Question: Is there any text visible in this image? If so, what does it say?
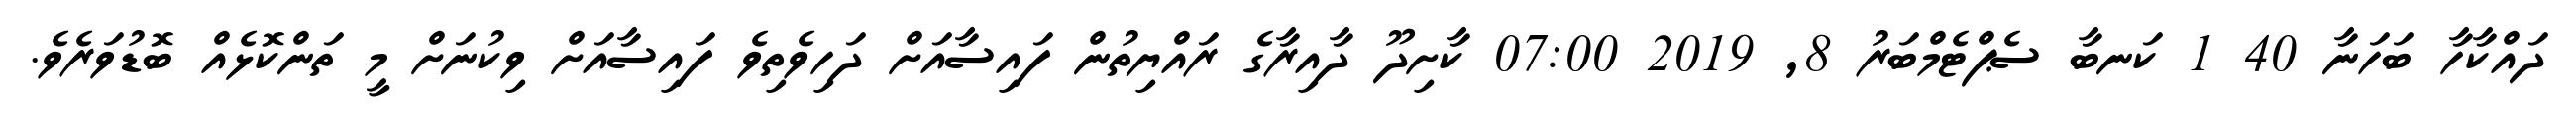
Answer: ދައްކާހާ ބަހަނާ 40 1 ކަނބާ ސެޕްޓެމްބަރު 8, 2019 07:00 ކާށިދޫ ދާއިރާގެ ރައްޔިތުން ފައިސާއަށް ދަހިވެތިވެ ފައިސާއަށް ވިކުނަށް މީ ތަންކޮޅެއް ބޮޑުވަރެވެ.